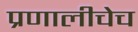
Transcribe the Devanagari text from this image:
प्रणालीचेच